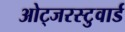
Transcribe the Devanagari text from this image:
ओट्जरस्टुवार्ड